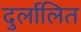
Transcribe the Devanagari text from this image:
दुर्लालित